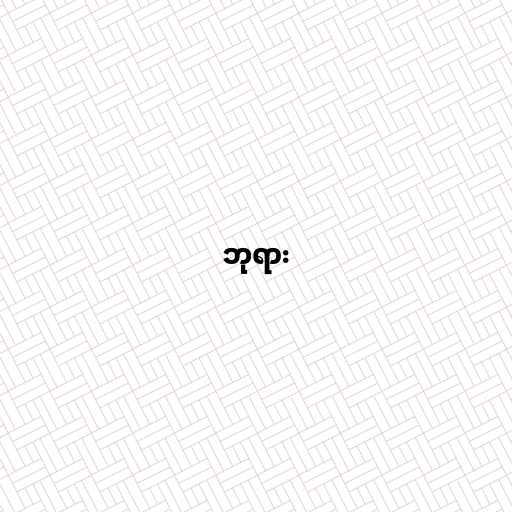
ဘုရား